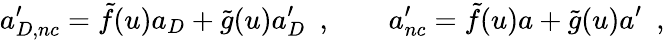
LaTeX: a_{D,nc}^{\prime}=\tilde{f}(u)a_{D}+\tilde{g}(u)a_{D}^{\prime}\ \ ,\qquad a_{nc}^{\prime}=\tilde{f}(u)a+\tilde{g}(u)a^{\prime}\ \ ,